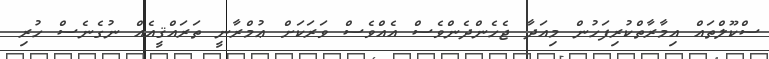
ސްކޫލްތައް އިމާރާތްކުރިފަހުން މިއަދާ ޖެހެންދެންވެސް އެއްވެސް ވަރަކަށް ޢުމްރާނީ ތަރައްޤީއެއް ނުގެނެސް ހުރި